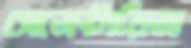
সেক্রেটারিজ